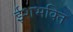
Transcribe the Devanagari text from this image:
ईशभक्ति